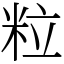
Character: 粒